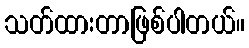
သတ်ထားတာဖြစ်ပါတယ်။